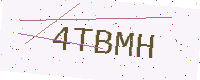
Text: 4TBMH